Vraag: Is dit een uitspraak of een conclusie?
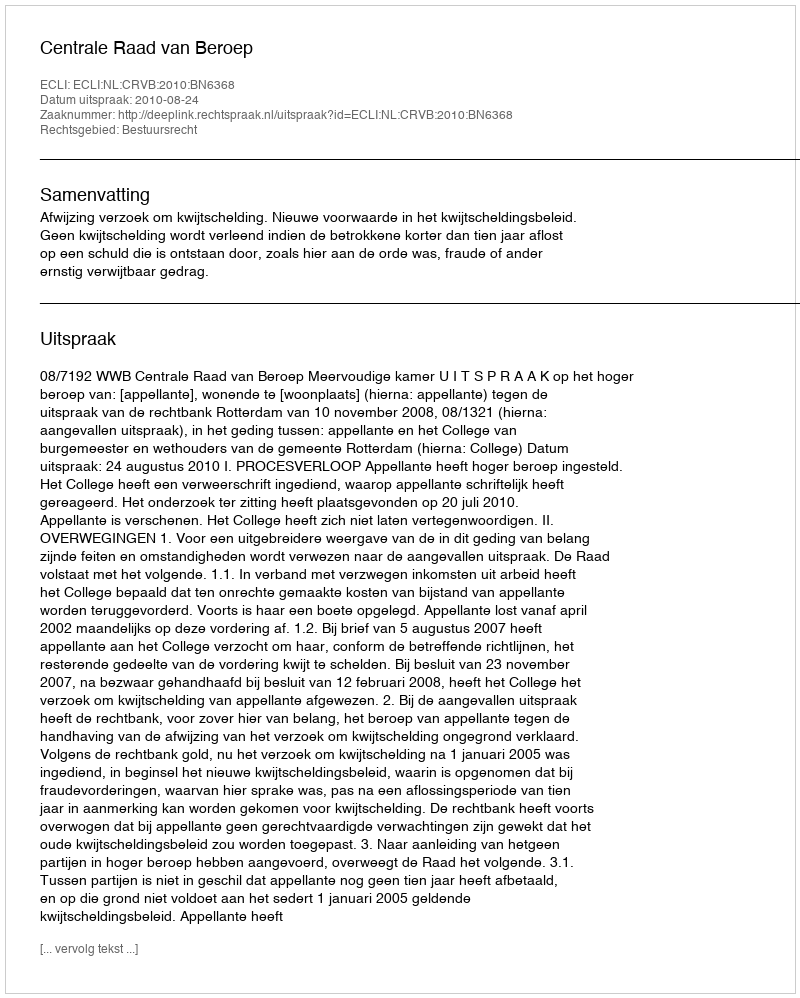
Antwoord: Uitspraak